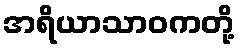
အရိယာသာဝကတို့